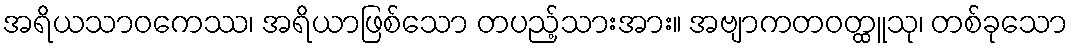
အရိယသာဝကေဿ၊ အရိယာဖြစ်သော တပည့်သားအား။ အဗျာကတဝတ္ထူသု၊ တစ်ခုသော